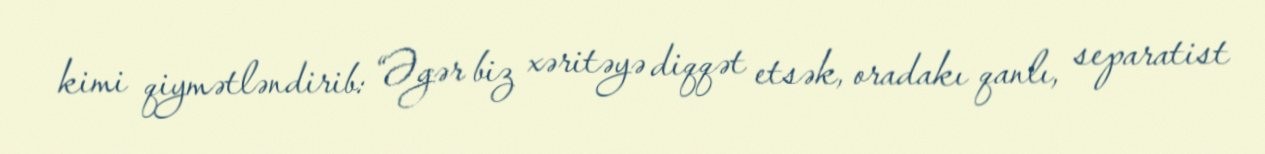
kimi qiymətləndirib: “Əgər biz xəritəyə diqqət etsək, oradakı qanlı, separatist